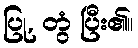
ပြု, တွံ ပြီး၏။